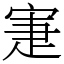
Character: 寁